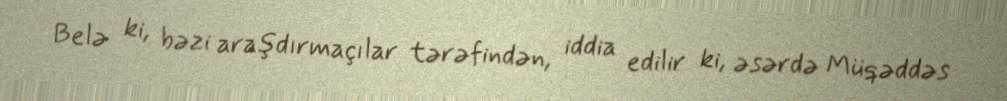
Belə ki, bəzi araşdırmaçılar tərəfindən, iddia edilir ki, əsərdə Müqəddəs